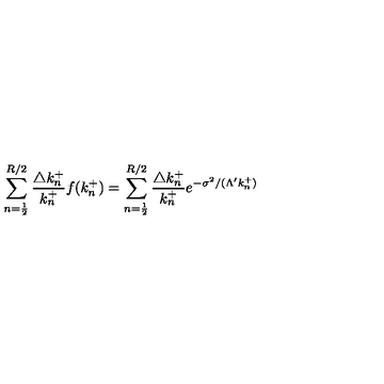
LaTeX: \sum _ { n = \frac { 1 } { 2 } } ^ { R / 2 } \frac { \triangle k _ { n } ^ { + } } { k _ { n } ^ { + } } f ( k _ { n } ^ { + } ) = \sum _ { n = \frac { 1 } { 2 } } ^ { R / 2 } \frac { \triangle k _ { n } ^ { + } } { k _ { n } ^ { + } } e ^ { - \sigma ^ { 2 } / ( \Lambda ^ { \prime } k _ { n } ^ { + } ) }